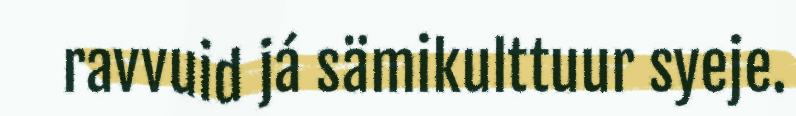
ravvuid já sämikulttuur syeje.